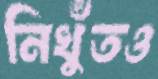
নিখুঁতও